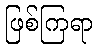
ဖြစ်ကြရာ